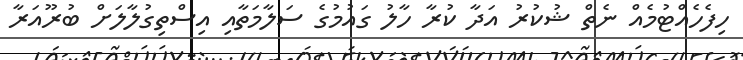
ހިފެހެއްޓުމެއް ނެތް ޝުކުރު އަދާ ކުރާ ހާލު ގައުމުގެ ސަލާމަތާއި އިސްތިގުލާލަށް ބުރޫއަރާ